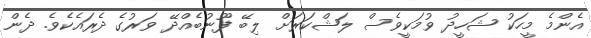
އެންމެ މީހަކު ޝަހީދު ވުމަކީވެސް ލަޝްކަރަށް ލިބޭ ފޫނުބެއްދޭ ވަރުގެ ދެރައެކެވެ. ދެން